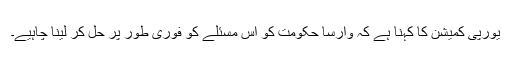
یورپی کمیشن کا کہنا ہے کہ وارسا حکومت کو اس مسئلے کو فوری طور پر حل کر لینا چاہیے۔